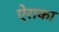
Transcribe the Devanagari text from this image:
ऐराका